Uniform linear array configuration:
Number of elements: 32
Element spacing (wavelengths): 0.5
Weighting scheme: kaiser
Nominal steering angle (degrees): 0
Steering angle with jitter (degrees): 1.621
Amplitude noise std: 0.05
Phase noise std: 0.05

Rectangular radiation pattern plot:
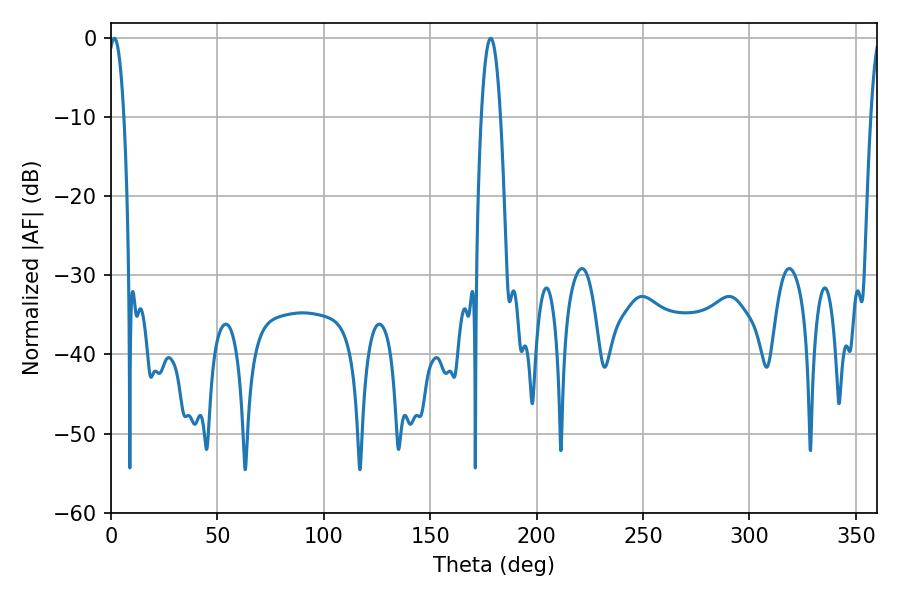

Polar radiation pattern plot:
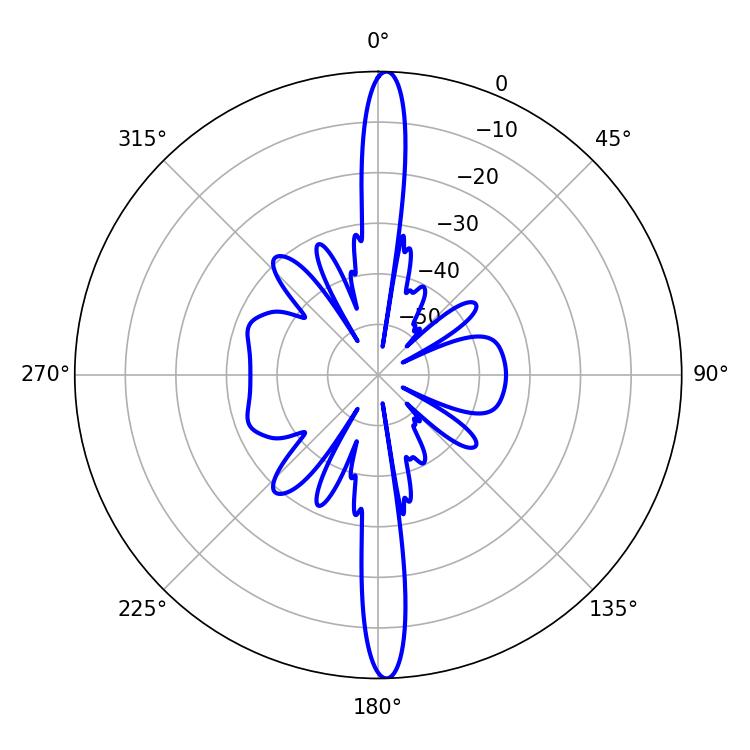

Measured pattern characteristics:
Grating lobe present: FALSE
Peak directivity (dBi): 26.451
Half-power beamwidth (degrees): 3.96
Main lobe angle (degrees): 1.62